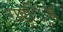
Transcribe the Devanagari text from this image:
राष्ट््रिय